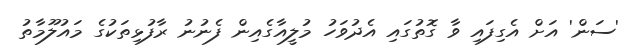
'ސަން' އަށް އެގިފައި ވާ ގޮތުގައި އެދުވަހު މުލީއާގެއިން ފެނުނު ރާފުޅިތަކުގެ މައުލޫމާތު